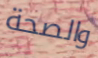
والصحة